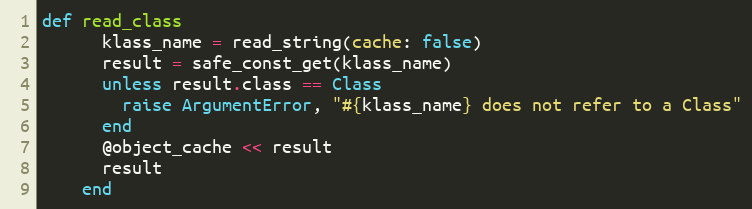
Language: Ruby
def read_class
      klass_name = read_string(cache: false)
      result = safe_const_get(klass_name)
      unless result.class == Class
        raise ArgumentError, "#{klass_name} does not refer to a Class"
      end
      @object_cache << result
      result
    end